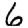
Digit: 6